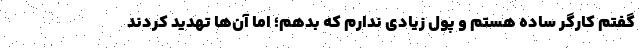
گفتم کارگر ساده هستم و پول زیادی ندارم که بدهم؛ اما آن‌ها تهدید کردند